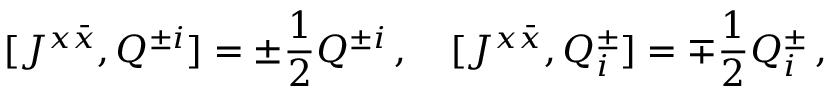
[ J ^ { x \bar { x } } , Q ^ { \pm i } ] = \pm \frac { 1 } { 2 } Q ^ { \pm i } \, , \quad [ J ^ { x \bar { x } } , Q _ { i } ^ { \pm } ] = \mp \frac { 1 } { 2 } Q _ { i } ^ { \pm } \, ,